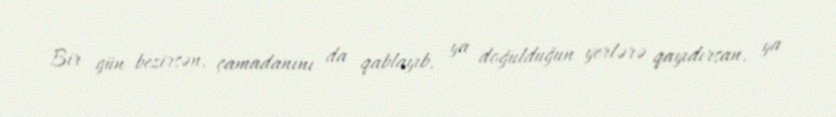
Bir gün bezirsən, çamadanını da qablayıb, ya doğulduğun yerlərə qayıdırsan, ya